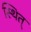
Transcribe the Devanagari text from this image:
स्थित्